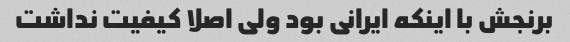
برنجش با اینکه ایرانی بود ولی اصلا کیفیت نداشت